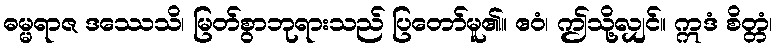
ဓမ္မရာဇ ဒဿေသိ၊ မြတ်စွာဘုရားသည် ပြတော်မူ၏။ ဧဝံ၊ ဤသို့လျှင်။ ဣဒံ စိတ္တံ၊